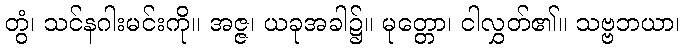
တွံ၊ သင်နဂါးမင်းကို။ အဇ္ဇ၊ ယခုအခါ၌။ မုတ္တော၊ ငါလွှတ်၏။ သဗ္ဗဘယာ၊